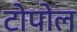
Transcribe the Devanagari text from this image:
टोपोल